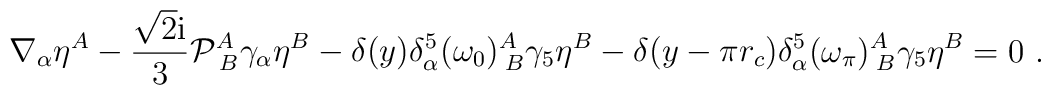
\nabla_\alpha\eta^A-\frac{\sqrt{2}{\rm i}}{3}{\cal P}^{A}_{\;B}\gamma_\alpha\eta^B-\delta(y)\delta_\alpha^5(\omega_{0})^{A}_{\;B}\gamma_5\eta^B-\delta(y-\pi r_c)\delta_\alpha^5(\omega_\pi)^{A}_{\;B}\gamma_5\eta^B=0\ .